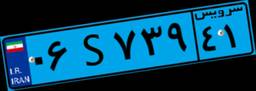
۰۶S۷۳۹۴۱